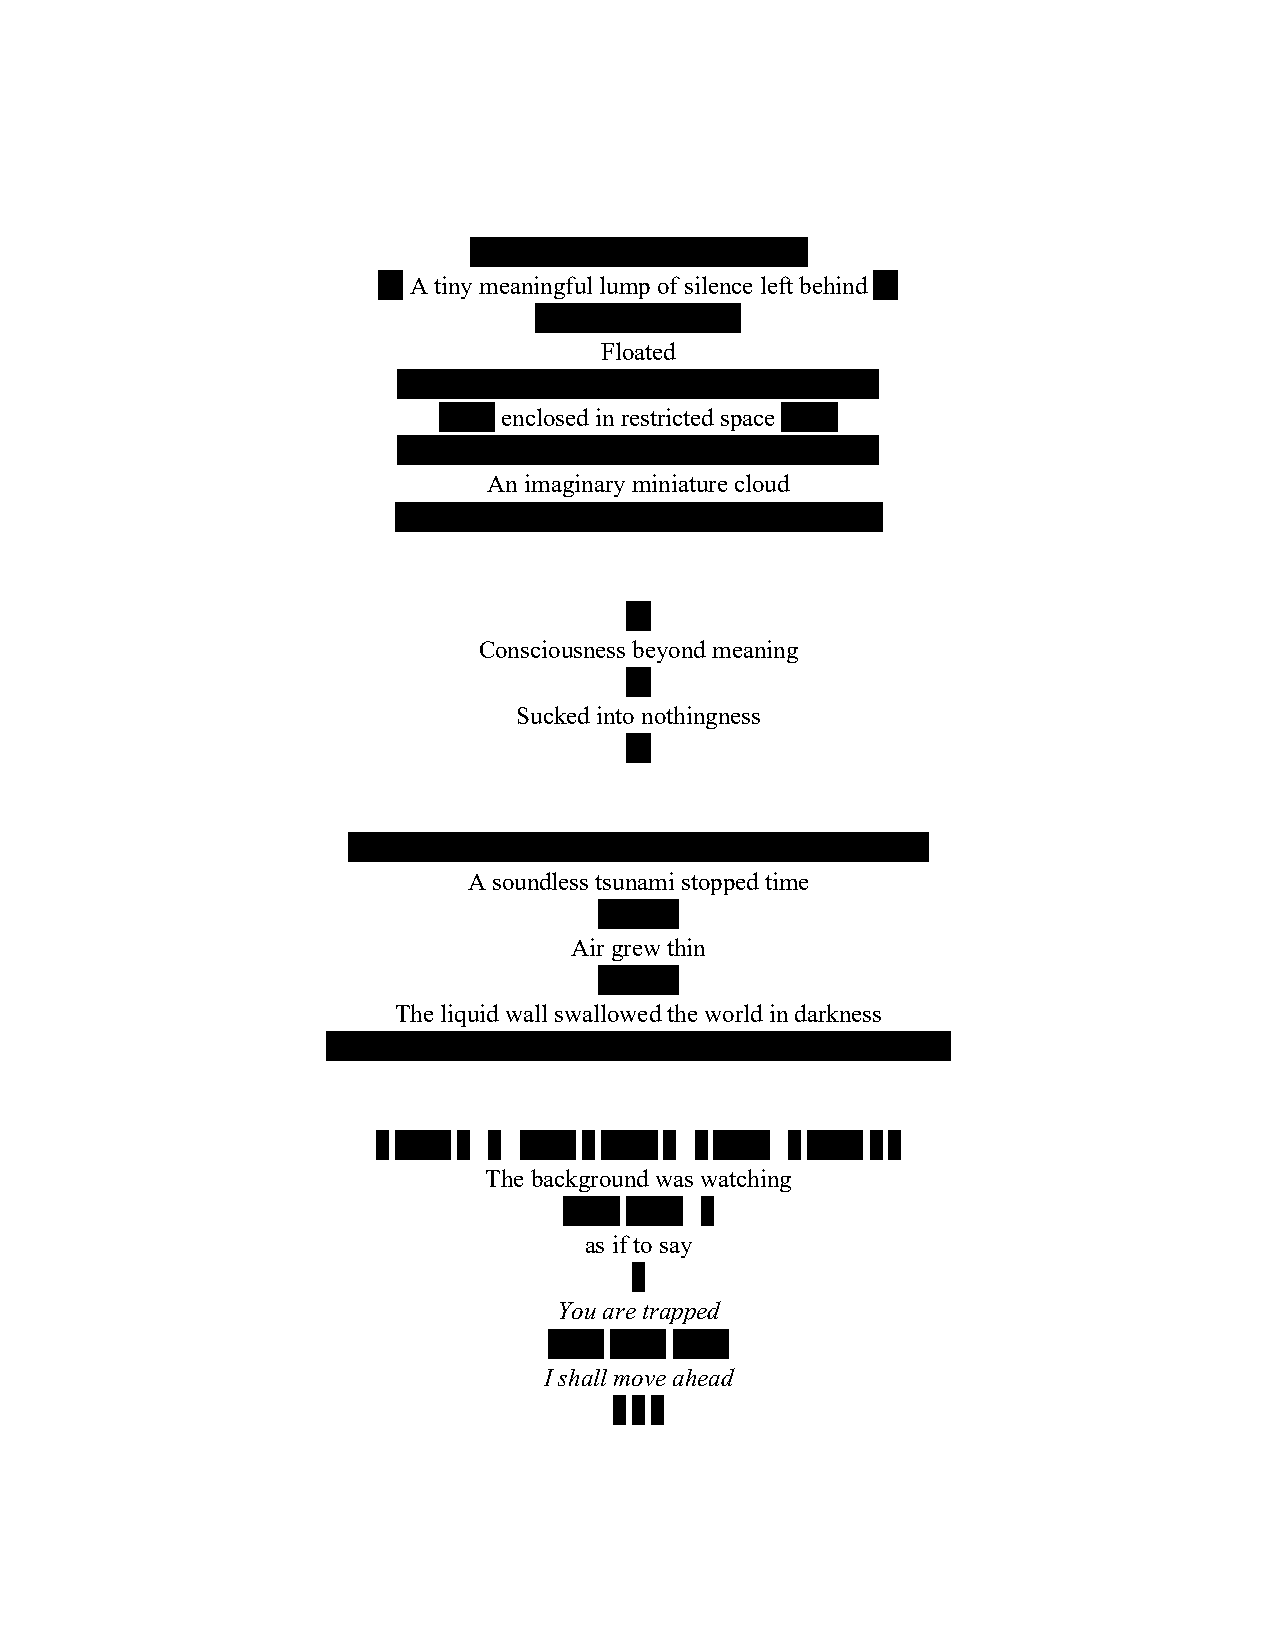
…………………………………..
 … A tiny meaningful lump of silence left behind …
 …………………….
 Floated
 ……………………………………………….…
 ……. enclosed in restricted space …….
 ………………………………………………….
 An imaginary miniature cloud
 …………………………………………………..
 …
 Consciousness beyond meaning
 …
 Sucked into nothingness
 …
 …………………………………………………………….
 A soundless tsunami stopped time
 ……….
 Air grew thin
 ……….
 The liquid wall swallowed the world in darkness
 …………………………………………………………………
 .. ……. .. .. ……. .. ……. .. .. ……. .. ……. .. ..
 The background was watching
 ……. …….  ..
 as if to say
 ..
 You are trapped
 ……. …….  …….
 I shall move ahead
 .. .. ..